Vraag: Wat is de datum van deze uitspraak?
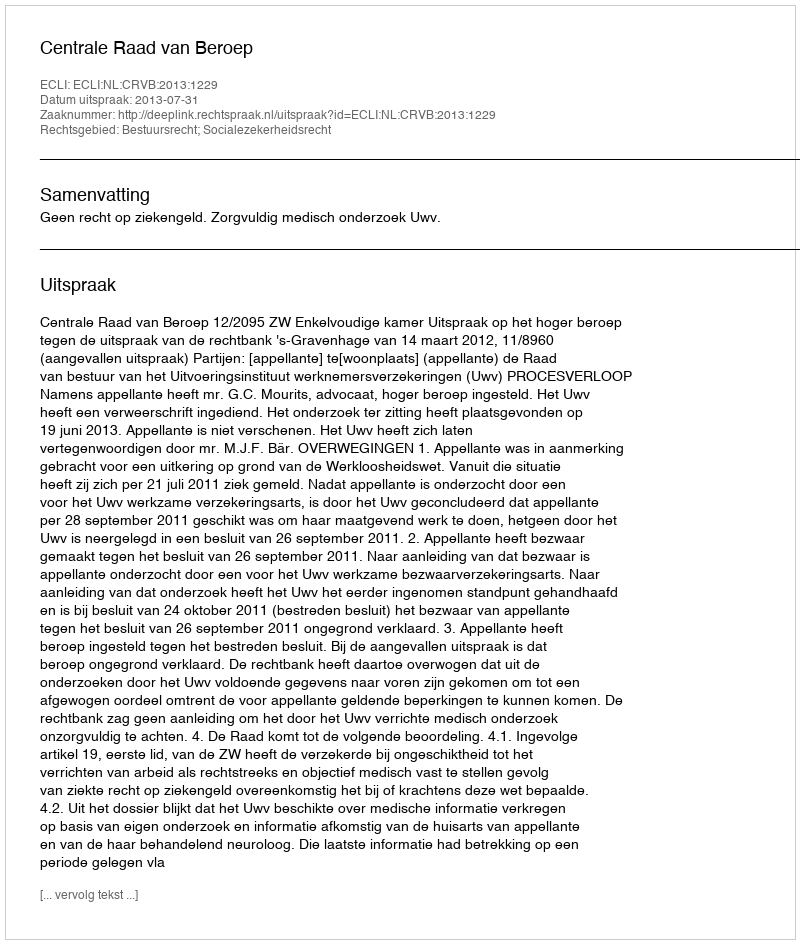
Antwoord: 2013-07-31